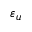
\varepsilon _ { u }